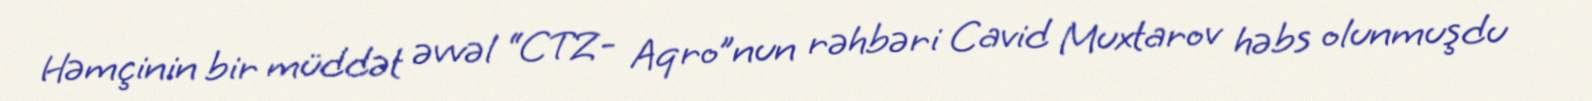
Həmçinin bir müddət əvvəl “CTZ- Aqro”nun rəhbəri Cavid Muxtarov həbs olunmuşdu